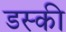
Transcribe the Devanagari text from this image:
डस्की